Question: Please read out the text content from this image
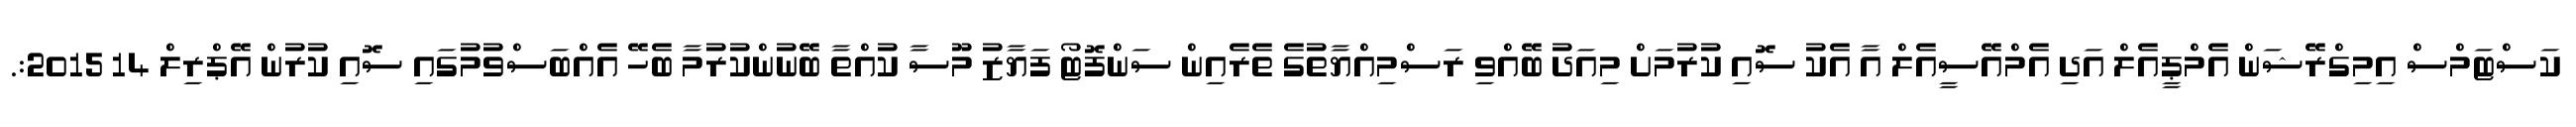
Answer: ކަސްޓަމްސް އިމިގްރޭޝަން އެމްޕީއެލް އަދި އެމްއޭސީއެލް އާ އެކު ސޮއި ކުރުމަށް މިއަދު ބޭއްވި ރަސްމިއްޔާތުގެ ތެރެއިން ސަންފޮޓޯ ފަޔާޒު މޫސާ ކުއްތާ ބޭނުންކުރުމާ ބެހޭ އެއްބަސްވުމުގައި ސޮއި ކުރުން އޭޕްރިލް 14 2015:.